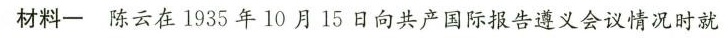
材料一陈云在1935年10月15日向共产国际报告遵义会议情况时就